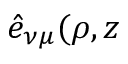
\hat { e } _ { \nu \mu } ( \rho , z